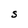
Character: S